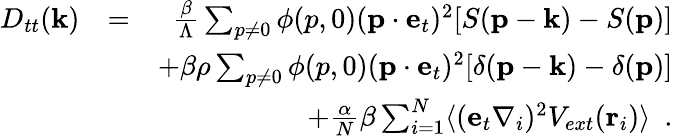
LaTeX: \begin{array}{rlr}{D_{tt}({\mathbf k})}&{=}&{\frac{\beta}{\Lambda}\sum_{p\neq 0}\phi(p,0)({\mathbf p}\cdot{\mathbf e}_{t})^{2}[S({\mathbf p}-{\mathbf k})-S({\mathbf p})]}\\ &{}&{\mathrm+\beta\rho\sum_{p\neq 0}\phi(p,0)({\mathbf p}\cdot{\mathbf e}_{t})^{2}[\delta({\mathbf p}-{\mathbf k})-\delta({\mathbf p})]}\\ &{}&{\mathrm+\frac{\alpha}{N}\beta\sum_{i=1}^{N}\langle({\mathbf e}_{t}\nabla_{i})^{2}V_{ext}({\mathbf r}_{i})\rangle~~.}\end{array}